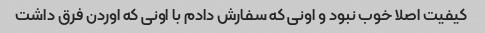
کیفیت اصلا خوب نبود و اونی که سفارش دادم با اونی که اوردن فرق داشت